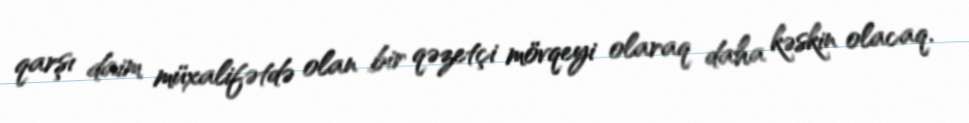
qarşı daim müxalifətdə olan bir qəzetçi mövqeyi olaraq daha kəskin olacaq.